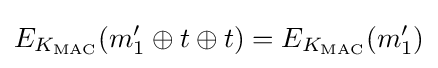
E_{K_{\text{MAC}}}(m_{1}'\oplus t\oplus t)=E_{K_{\text{MAC}}}(m_{1}')